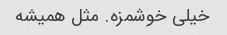
خیلی خوشمزه. مثل همیشه